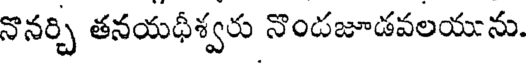
నొనర్చి తనయధీశ్వరు నొందజూడవలయును.